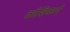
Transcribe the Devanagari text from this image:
कोशिकाऐ